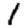
Digit: 1